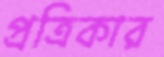
প্রত্রিকার